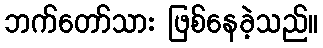
ဘက်တော်သား ဖြစ်နေခဲ့သည်။